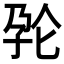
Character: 𱙺